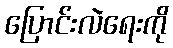
ပြောင်းလဲရေးကို